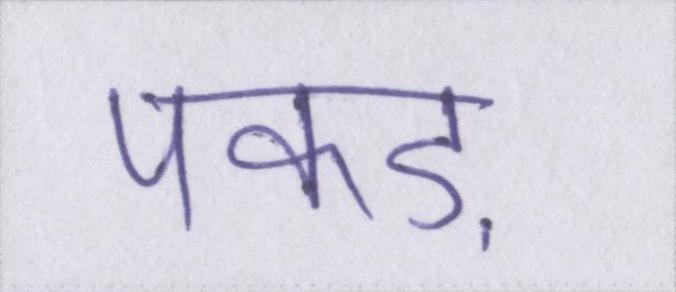
पकड़